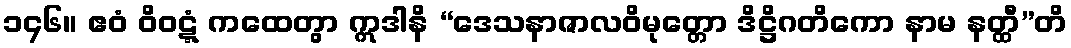
၁၄၆။ ဧဝံ ဝိဝဋ္ဋံ ကထေတွာ ဣဒါနိ “ဒေသနာဇာလဝိမုတ္တော ဒိဋ္ဌိဂတိကော နာမ နတ္ထီ”တိ